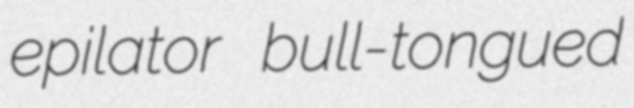
epilator bull-tongued